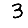
Digit: 3